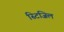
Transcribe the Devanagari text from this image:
स्टिजिल